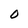
Character: 0